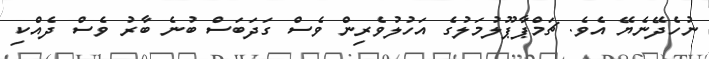
ނުހެދޭނެޔޭ އެވެ. ޗަމްޕާޕޫލުމަލުގެ އަހުލުވެރިން ވެސް ގަދަބަސް ބުނެ ބާރު ވެސް ދެއްކި